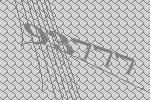
93777